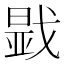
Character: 𢧫